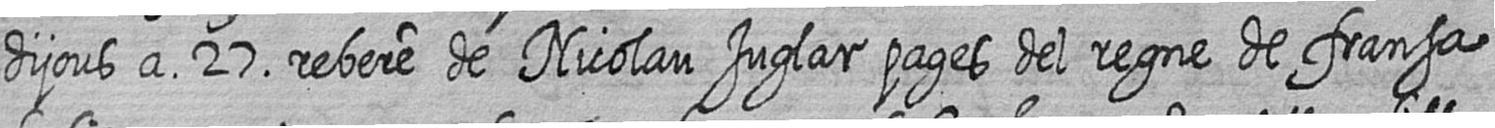
dijous a 27 rebere de Nicolau Juglar pages del regne de fransa